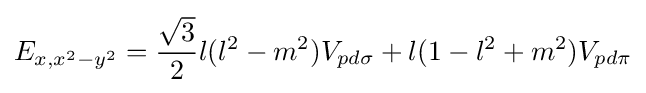
E_{x,x^{2}-y^{2}}={\frac {\sqrt {3}}{2}}l(l^{2}-m^{2})V_{pd\sigma }+l(1-l^{2}+m^{2})V_{pd\pi }